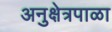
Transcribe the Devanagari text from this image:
अनुक्षेत्रपाळा